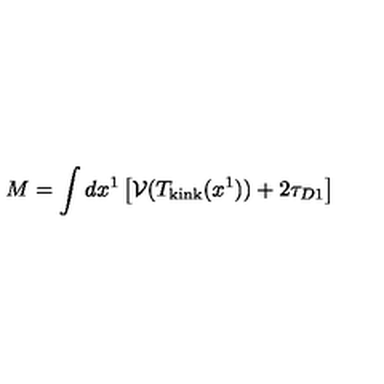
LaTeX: M = \int d x ^ { 1 } \left[ { \cal V } ( T _ { \mathrm { k i n k } } ( x ^ { 1 } ) ) + 2 \tau _ { D 1 } \right]